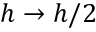
h \to h / 2